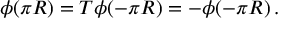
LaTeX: \phi ( \pi R ) = T \phi ( - \pi R ) = - \phi ( - \pi R ) \, .